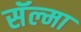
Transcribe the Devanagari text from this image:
सॅल्मा